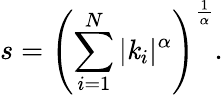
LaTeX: s=\left(\sum_{i=1}^{N}|\mathit{k}_{i}|^{\alpha}\right)^{\frac{{1}}{{\alpha}}}.